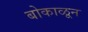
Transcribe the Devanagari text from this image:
बोकाळून